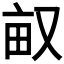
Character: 𠭇